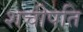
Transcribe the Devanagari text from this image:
शचीपति